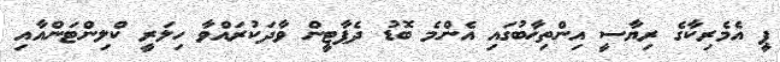
ޕީ އެމެރިކާގެ ރިޔާސީ އިންތިޚާބުގައި އެންމެ ބޮޑު ދެޕާޓީން ވާދަކުރައްވާ ހިލަރީ ކްލިންޓަންއާއި